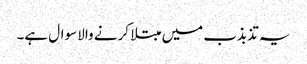
یہ تذبذب میں مبتلا کرنے والا سوال ہے۔